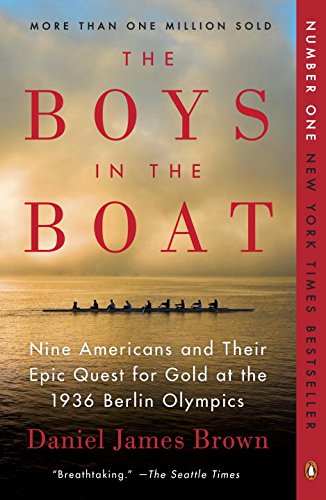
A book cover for The Boys in the Boat: Nine Americans and Their Epic Quest for Gold at the 1936 Berlin Olympics; Daniel James Brown; History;